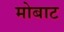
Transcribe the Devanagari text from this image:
मोबाट